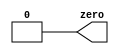
module top_module(
    output wire zero
);
    // Assign the constant value 0 to the output zero
    assign zero = 1'b0;
endmodule